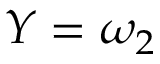
Y = \omega _ { 2 }